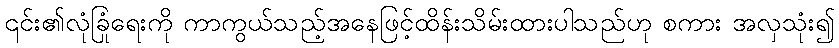
၎င်း၏လုံခြုံရေးကို ကာကွယ်သည့်အနေဖြင့်ထိန်းသိမ်းထားပါသည်ဟု စကား အလှသုံး၍